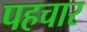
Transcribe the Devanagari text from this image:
पहचार